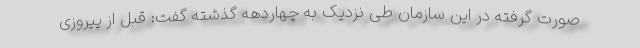
صورت گرفته در این سازمان طی نزدیک به چهاردهه گذشته گفت: قبل از پیروزی